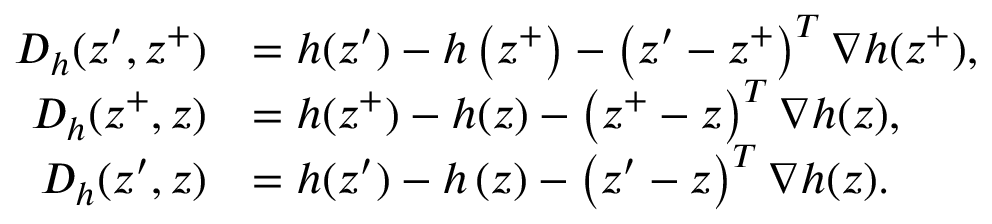
\begin{array} { r l } { D _ { h } ( z ^ { \prime } , z ^ { + } ) } & { = h ( z ^ { \prime } ) - h \left( z ^ { + } \right) - \left( z ^ { \prime } - z ^ { + } \right) ^ { T } \nabla h ( z ^ { + } ) , } \\ { D _ { h } ( z ^ { + } , z ) } & { = h ( z ^ { + } ) - h ( z ) - \left( z ^ { + } - z \right) ^ { T } \nabla h ( z ) , } \\ { D _ { h } ( z ^ { \prime } , z ) } & { = h ( z ^ { \prime } ) - h \left( z \right) - \left( z ^ { \prime } - z \right) ^ { T } \nabla h ( z ) . } \end{array}